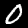
Label: 0